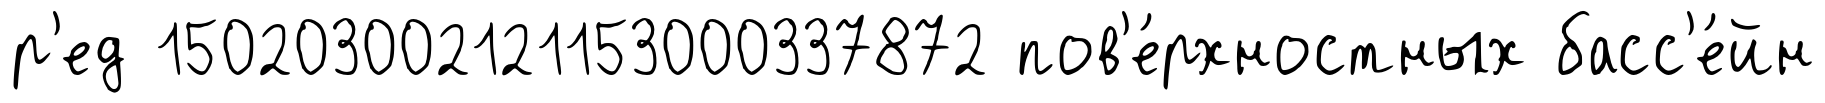
р'ед 150203002121153000337872 пов'е́рхностных басс'е́йн